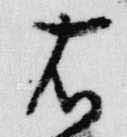
右